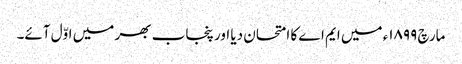
مارچ ١٨٩٩ء میں ایم اے کا امتحان دیا اور پنجاب بھر میں اوّل آئے۔